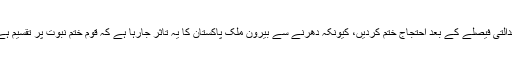
انہوں نے کہا کہ دھرنے والوں سے اپیل ہے کہ عدالتی فیصلے کے بعد احتجاج ختم کردیں، کیونکہ دھرنے سے بیرون ملک پاکستان کا یہ تاثر جارہا ہے کہ قوم ختم نبوت پر تقسیم ہے تاہم ختم نبوت پر کوئی تقسیم نہیں سب متفق ہیں۔